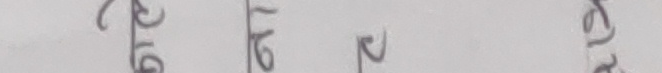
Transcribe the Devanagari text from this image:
भ कालेज टळक आरम